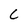
Character: C